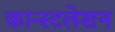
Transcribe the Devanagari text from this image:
कान्स्टलेशन